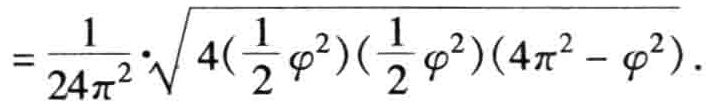
$=\frac{1}{24\pi^{2}}\cdot\sqrt{4(\frac{1}{2}\varphi^{2})(\frac{1}{2}\varphi^{2})(4\pi^{2}-\varphi^{2})}.$